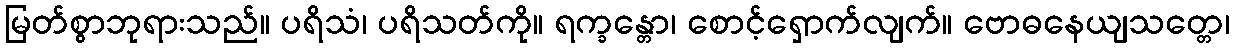
မြတ်စွာဘုရားသည်။ ပရိသံ၊ ပရိသတ်ကို။ ရက္ခန္တော၊ စောင့်ရှောက်လျက်။ ဗောဓနေယျသတ္တေ၊